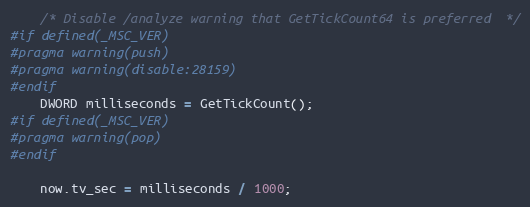
Language: C
    /* Disable /analyze warning that GetTickCount64 is preferred  */
#if defined(_MSC_VER)
#pragma warning(push)
#pragma warning(disable:28159)
#endif
    DWORD milliseconds = GetTickCount();
#if defined(_MSC_VER)
#pragma warning(pop)
#endif

    now.tv_sec = milliseconds / 1000;